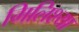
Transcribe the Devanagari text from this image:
मिलिश्या